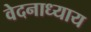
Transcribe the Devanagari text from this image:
वेदनाध्याय